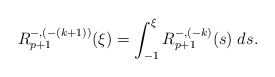
\begin{align*}R^{-,(-(k+1))}_{p+1}(\xi) = \int_{-1}^\xi R^{-,(-k)}_{p+1}(s)\; ds.\end{align*}